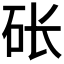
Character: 𱳱